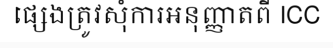
ផ្សេងត្រូវសុំការអនុញ្ញាតពី ICC